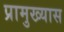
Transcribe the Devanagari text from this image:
प्रामुख्यास